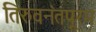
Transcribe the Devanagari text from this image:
तिरुवनंतपूरम